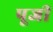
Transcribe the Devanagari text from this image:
पूजीं